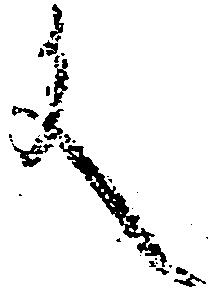
文